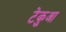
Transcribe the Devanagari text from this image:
टेकुआ